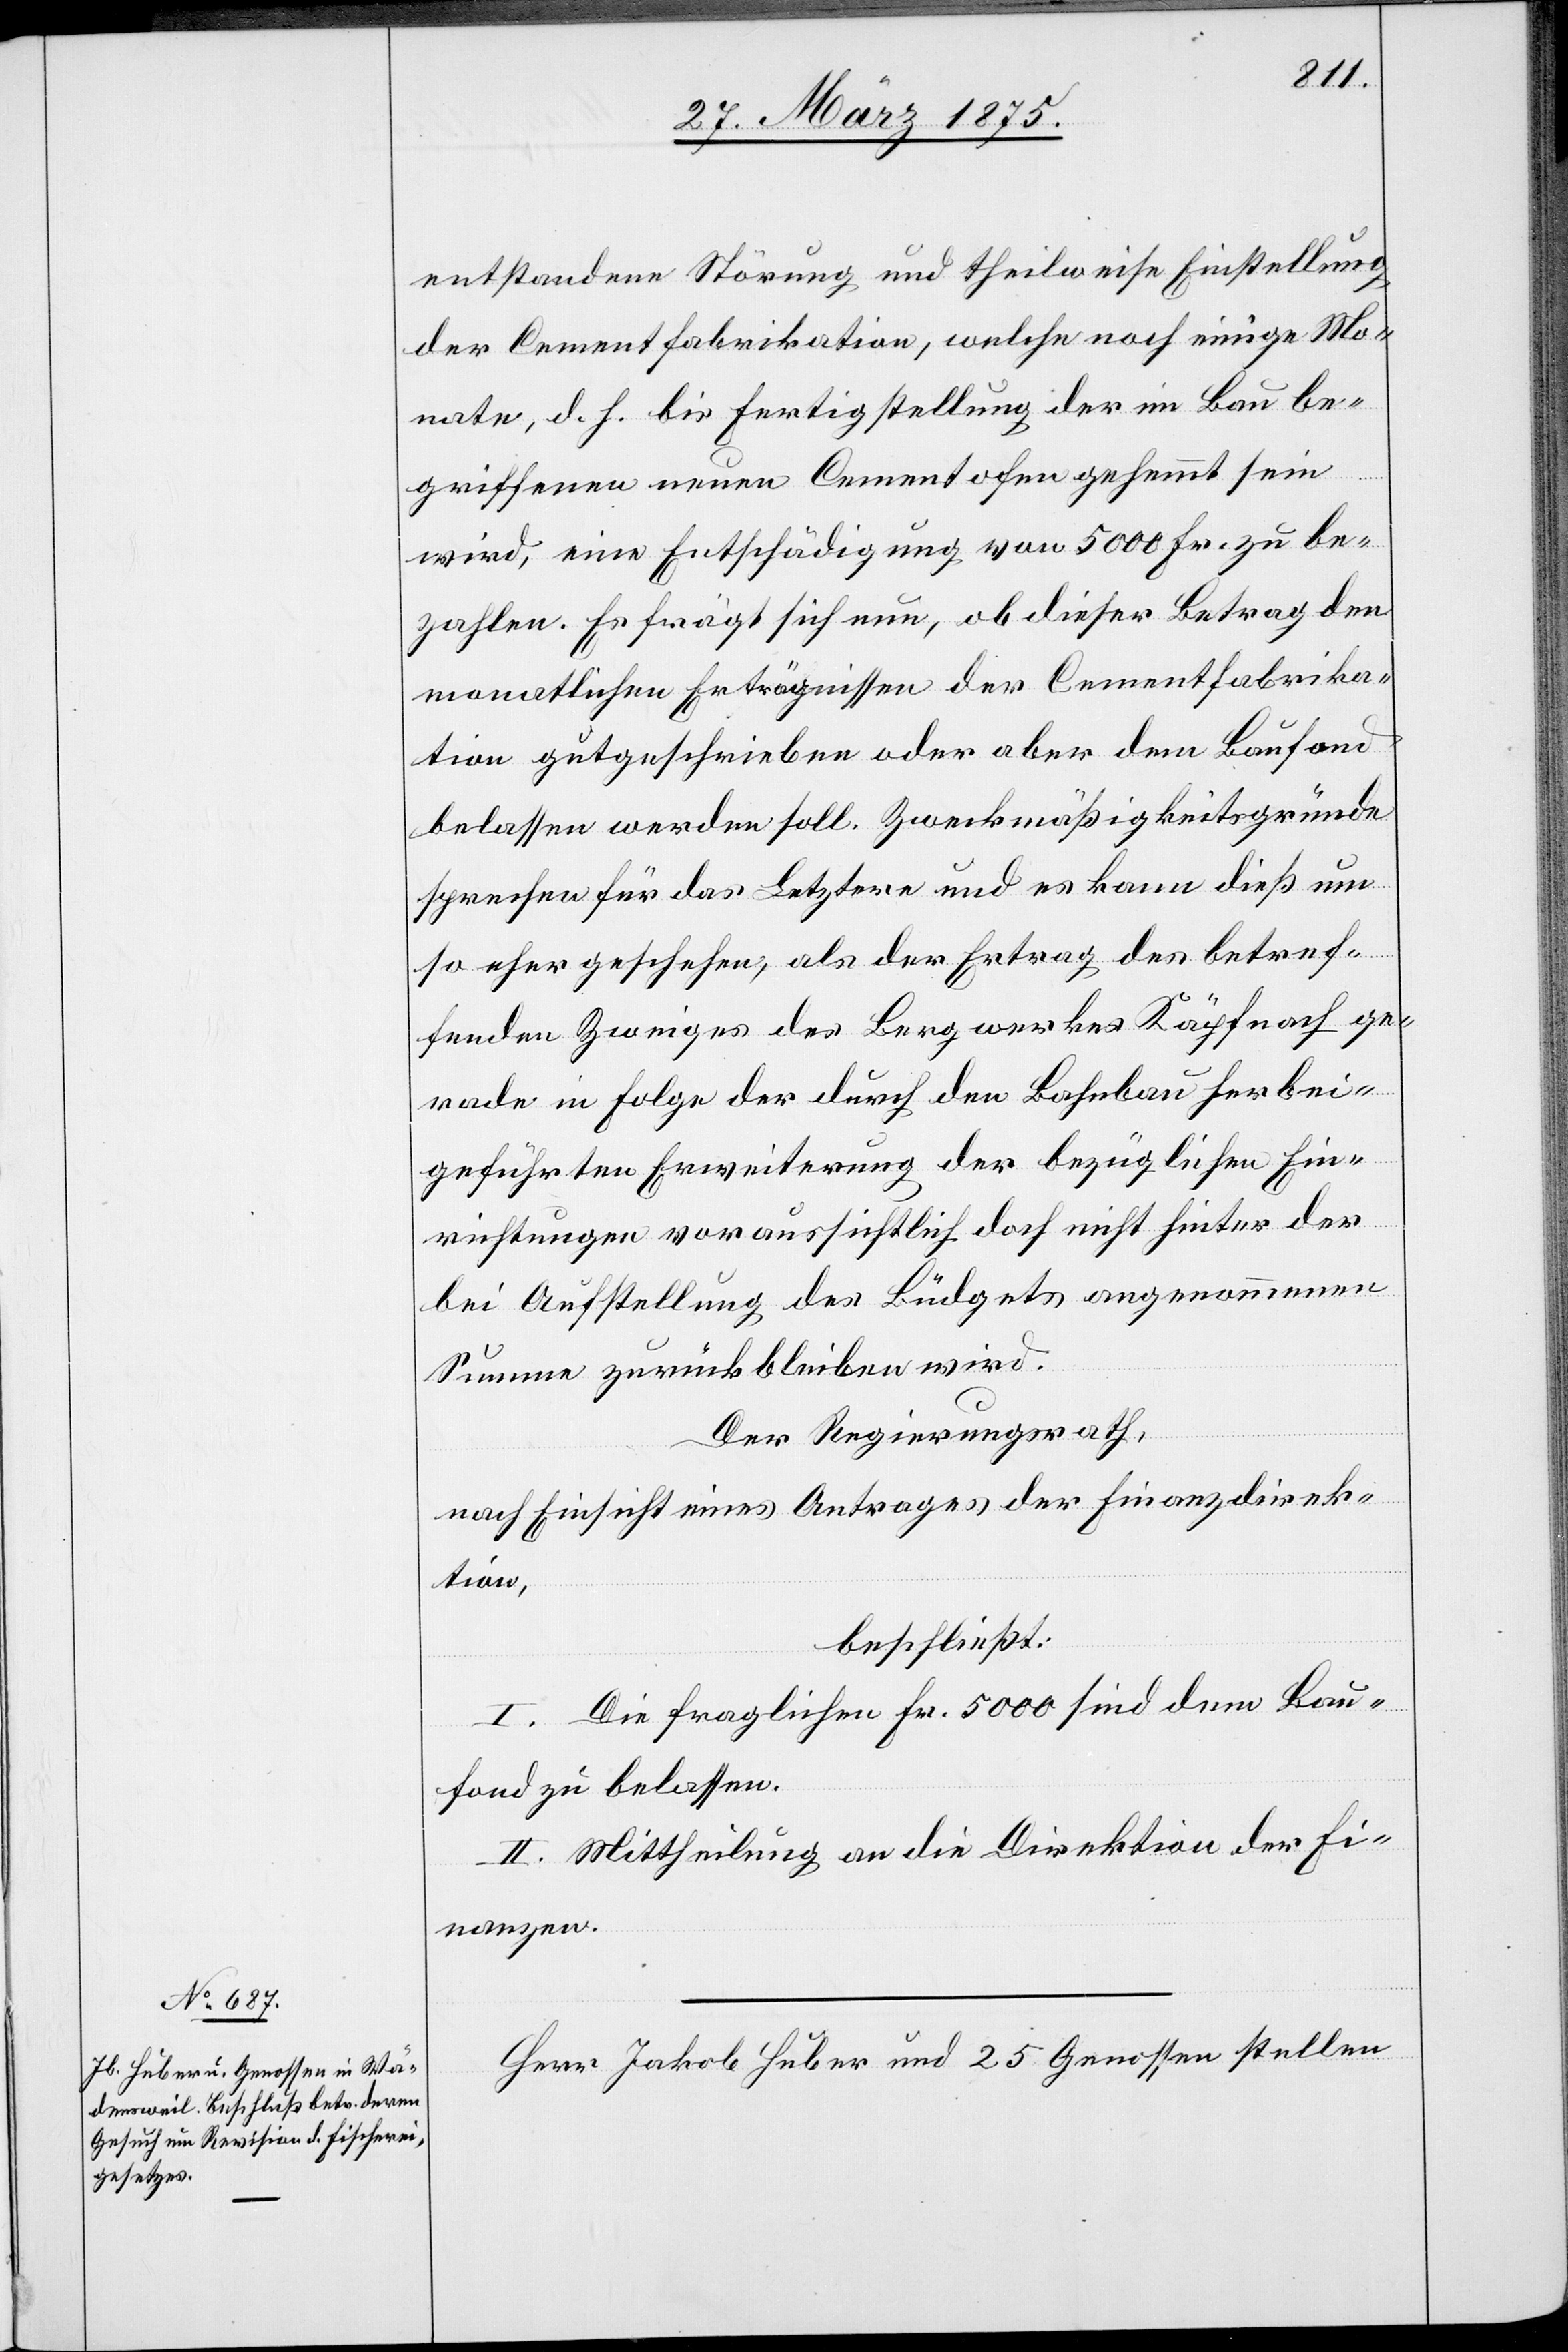
entstandene Störung und theilweise Einstellung
der Cementfabrikation, welche noch einige Mo¬
nate, d. h. bis Fertigstellung der im Bau be¬
griffenen neuen Cementofen gehemmt sein
wird, eine Entschädigung von 5000 Fr. zu be¬
zahlen. Es fragt sich nun, ob dieser Betrag den
monatlichen Erträgnissen der Cementfabrika¬
tion gutgeschrieben oder aber dem Baufond
belassen werden soll. Zweckmäßigkeitsgründe
sprechen für das Letztere und es kann dieß um
so eher geschehen, als der Ertrag des betref¬
fenden Zweiges des Bergwerkes Käpfnach ge¬
rade in Folge der durch den Bahnbau herbei¬
geführten Erweiterung der bezüglichen Ein¬
richtungen voraussichtlich doch nicht hinter der
bei Aufstellung des Büdgets angenommene
Summe zurückbleiben wird.
Der Regierungsrath,
nach Einsicht eines Antrages der Finanzdirek¬
tion,
beschließt:
I. Die fraglichen Fr. 5000 sind dem Bau¬
fond zu belassen.
II. Mittheilung an die Direktion der Fi¬
nanzen.
Herr Jakob Huber und 25 Genossen stellen